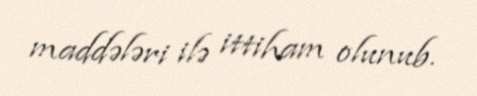
maddələri ilə ittiham olunub.